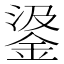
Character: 𨦮